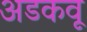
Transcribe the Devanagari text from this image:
अडकवू